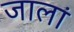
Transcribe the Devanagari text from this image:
जालां